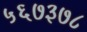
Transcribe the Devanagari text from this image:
५६७३७८